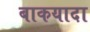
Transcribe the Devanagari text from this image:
बाकयादा